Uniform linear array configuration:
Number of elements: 16
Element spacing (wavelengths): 0.75
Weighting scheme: blackman
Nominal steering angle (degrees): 0
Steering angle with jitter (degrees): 0.1929
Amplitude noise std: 0.05
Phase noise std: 0.05

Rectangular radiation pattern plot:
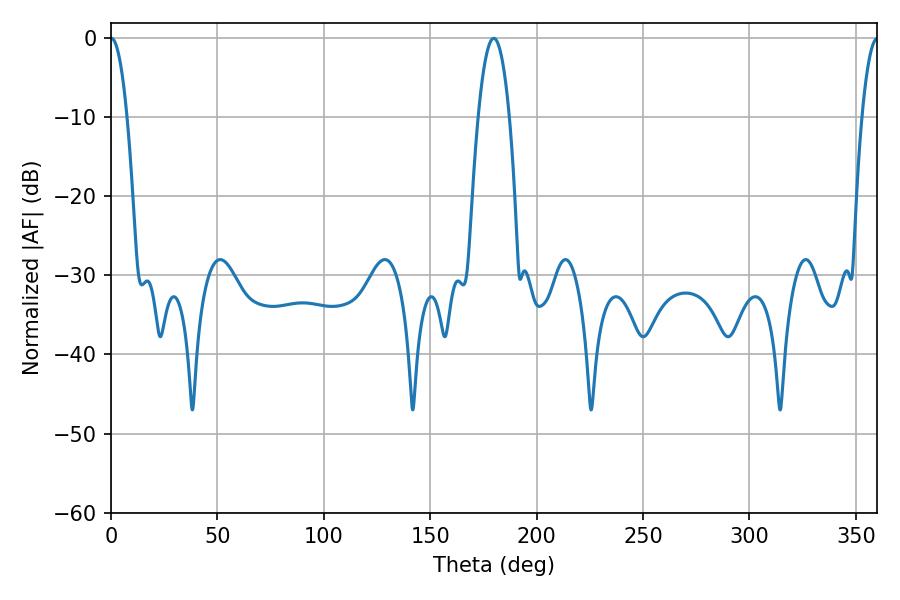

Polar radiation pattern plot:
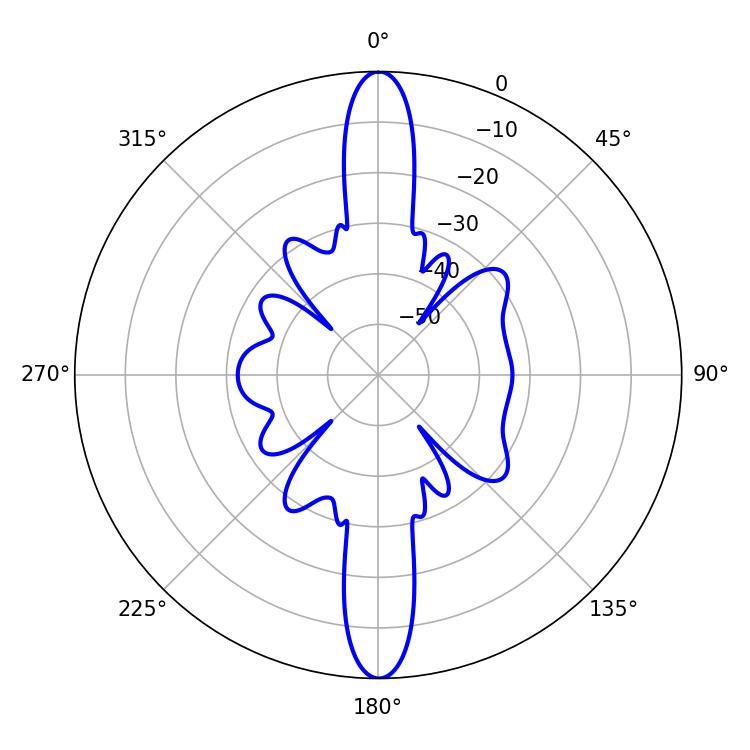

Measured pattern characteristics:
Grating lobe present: TRUE
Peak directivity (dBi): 32.441
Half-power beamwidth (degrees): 4.14
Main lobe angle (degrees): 0.18